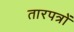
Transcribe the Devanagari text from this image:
तारपत्रों